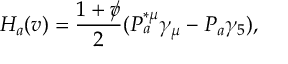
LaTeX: H _ { a } ( v ) = \frac { 1 + \rlap / v } { 2 } ( P _ { a } ^ { * \mu } \gamma _ { \mu } - P _ { a } \gamma _ { 5 } ) ,